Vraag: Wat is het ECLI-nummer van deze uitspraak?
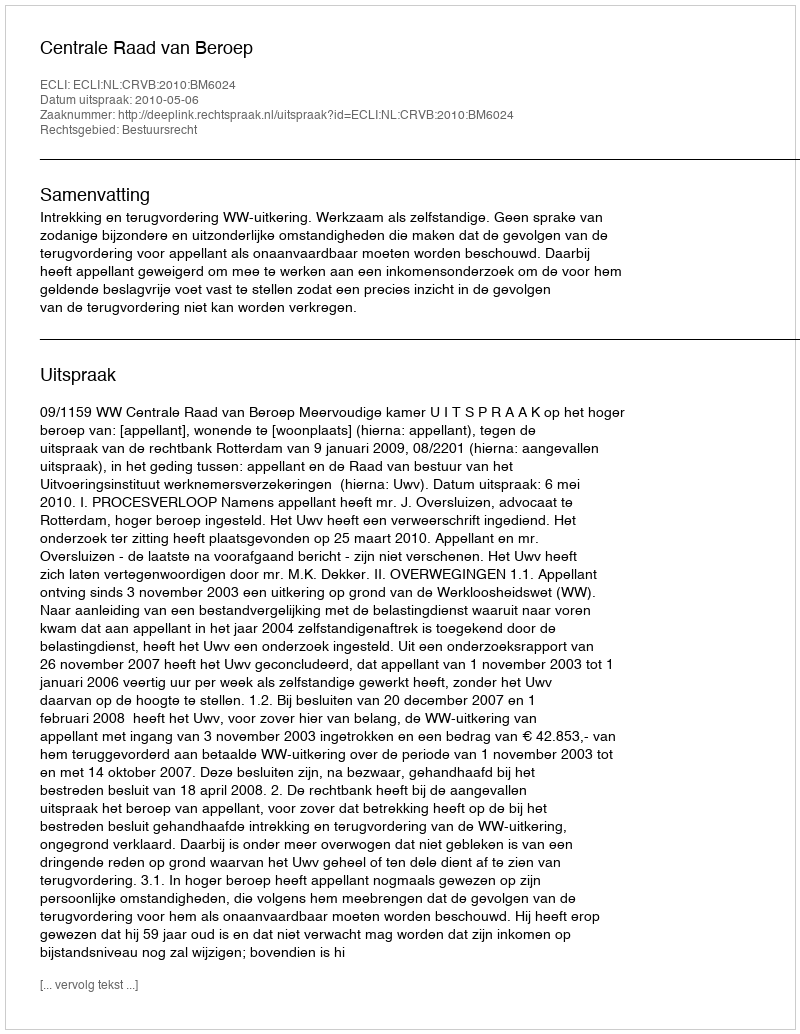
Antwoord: ECLI:NL:CRVB:2010:BM6024